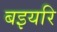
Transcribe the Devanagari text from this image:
बइयरि